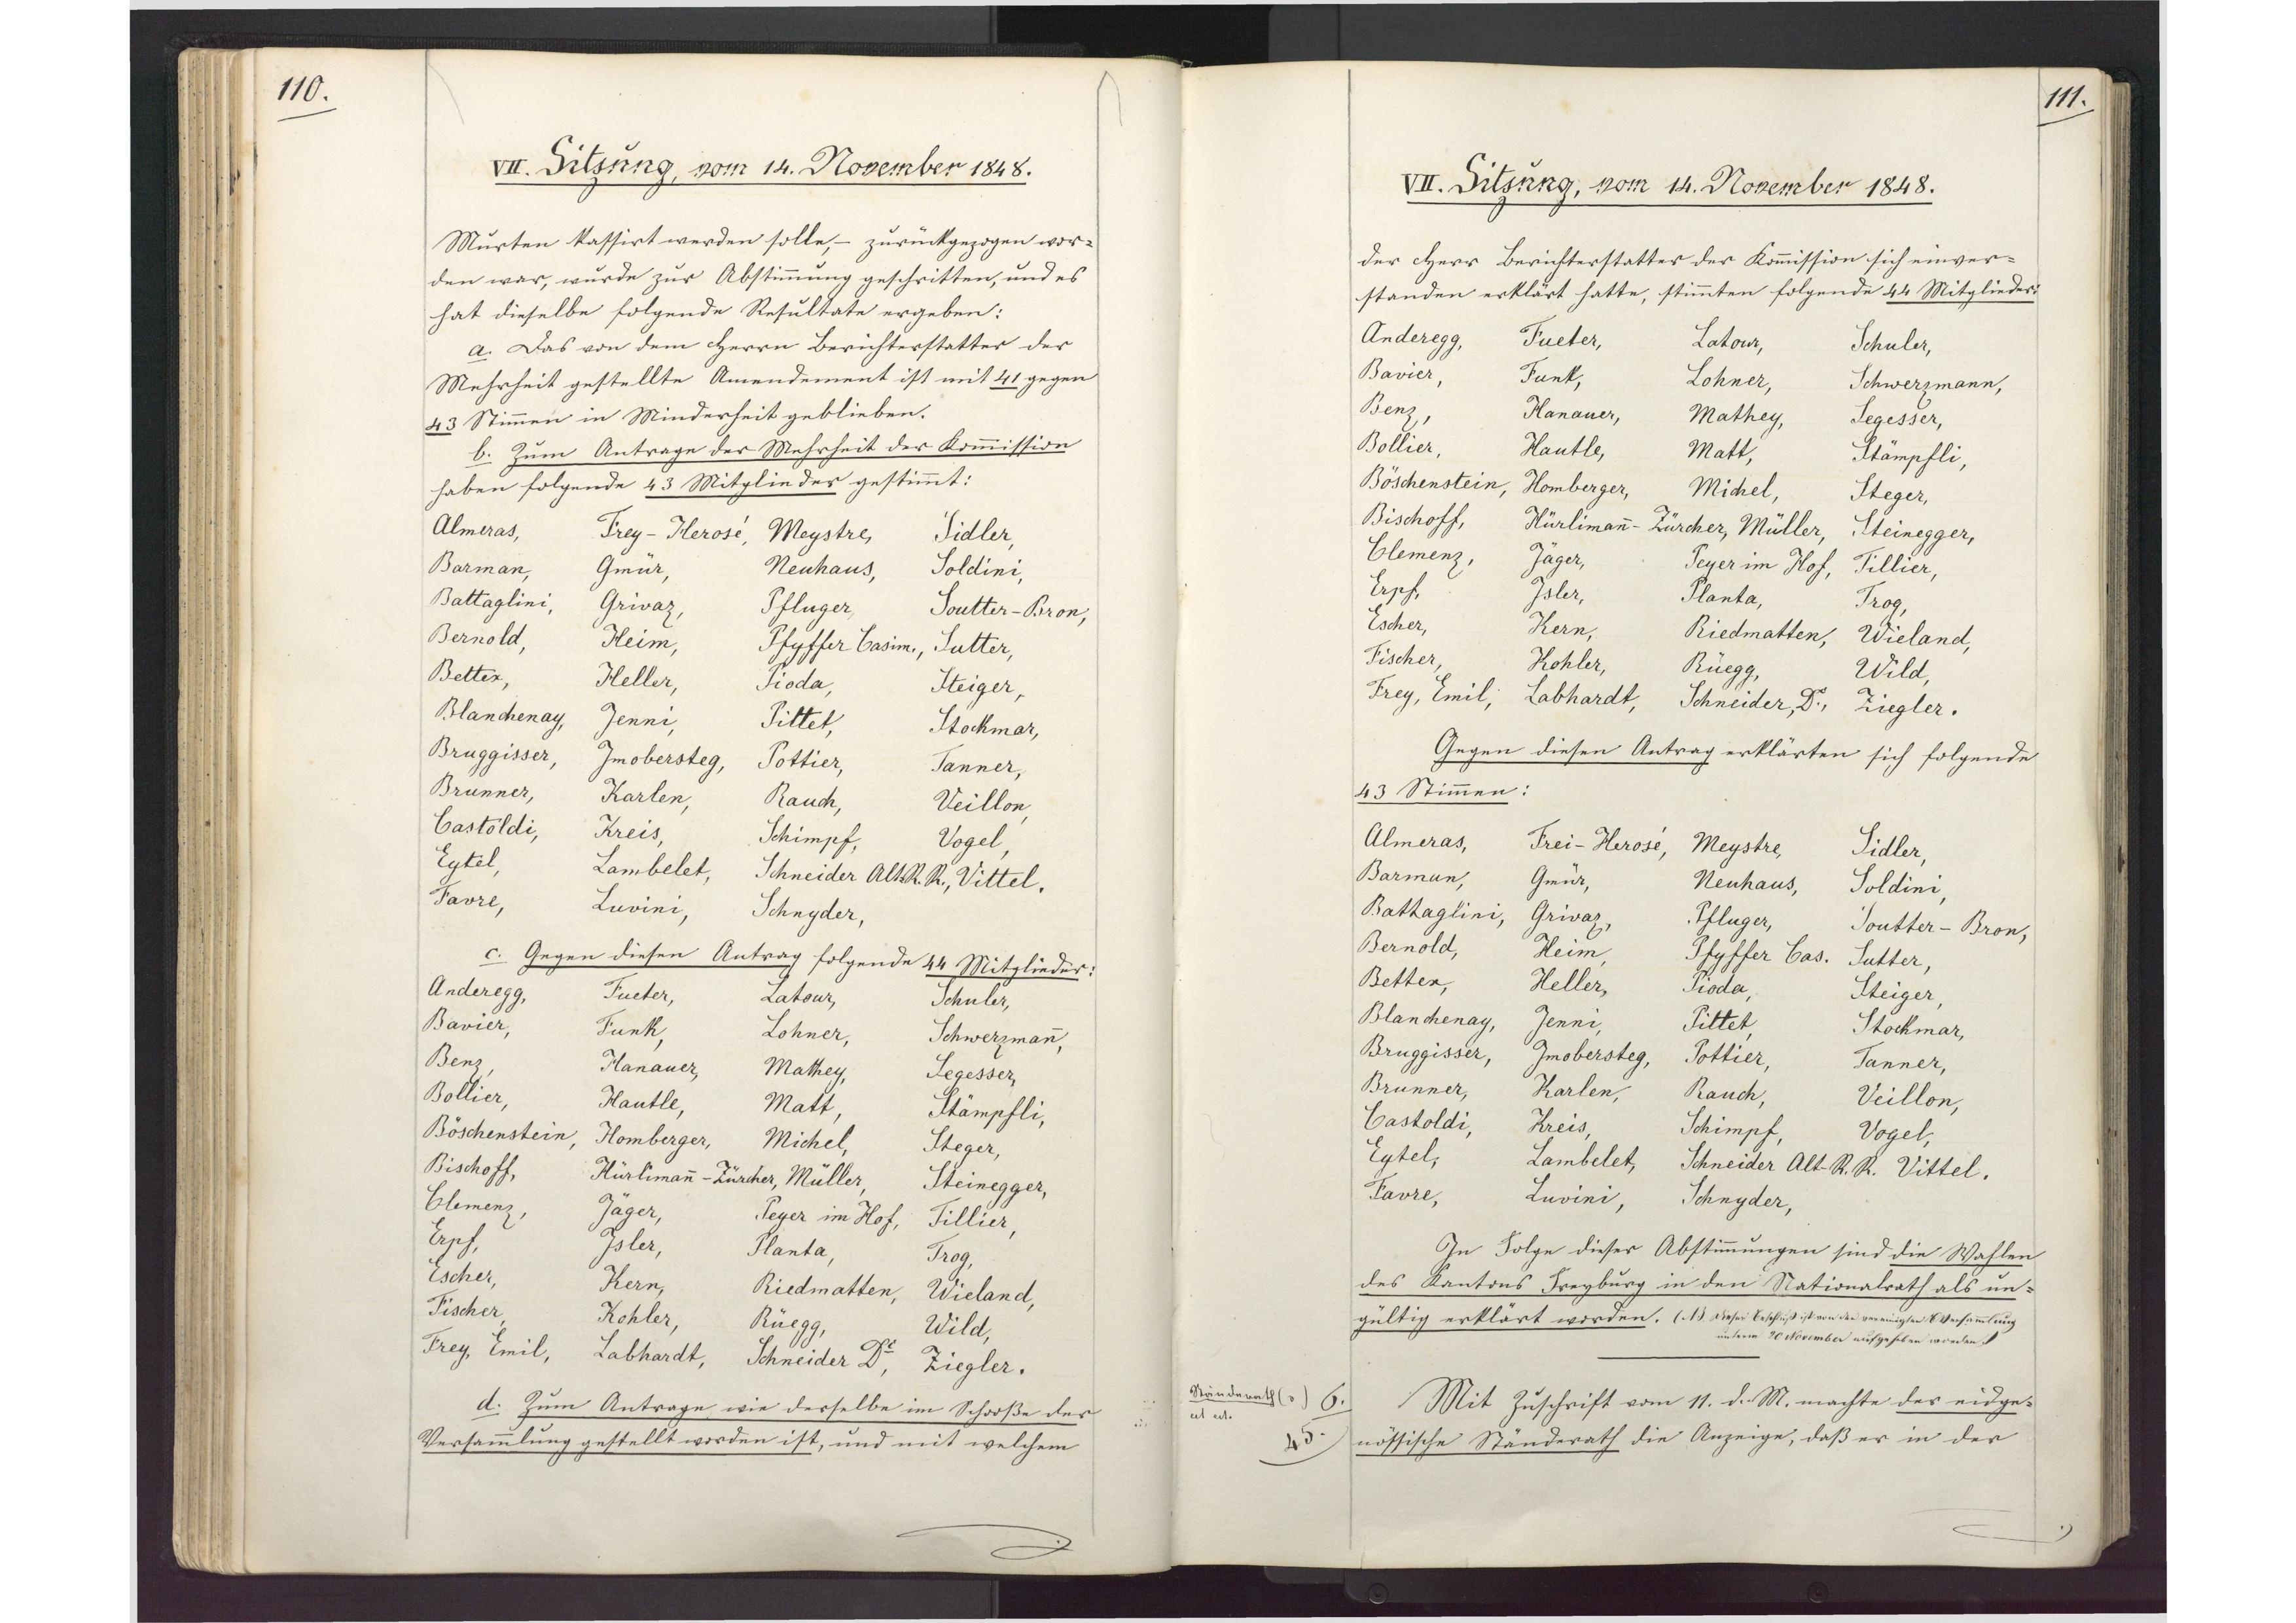
110.

VII. Sitzung, vom 14. November 1848.

Murten kassirt werden solle, - zurückgezogen wor¬
den war, wurde zur Abstimmung geschritten, und es
hat dieselbe folgende Resultate ergeben:
a. Das von dem Herrn Berichterstatter der
Mehrheit gestellte Amendement ist mit 41 gegen
43 Stimmen in Minderheit geblieben.
b. Zum Antrage der Mehrheit der Kommission
haben folgende 43 Mitglieder gestimmt:
Almeras,
Frey-Herosé,
Meystre,
Sidler,
Barman,
Gmür,
Neuhaus,
Soldini,
Battaglini,
Grivaz,
Pfluger,
Soutter-Bron,
Bernold,
Heim,
Pfyffer Casim.,
Sutter,
Bettex,
Heller,
Pioda,
Steiger,
Blanchenay,
Jenni,
Pittet,
Stockmar,
Bruggisser,
Imobersteg,
Pottier,
Tanner,
Brunner,
Karlen,
Rauch,
Veillon,
Castoldi,
Kreis,
Schimpf,
Vogel,
Eytel,
Lambelet,
Schneider Alt-R.R.,
Vittel,
Favre,
Luvini,
Schnyder,
c. Gegen diesen Antrag folgende 44 Mitglieder:
Anderegg,
Fueter,
Latour,
Schuler,
Bavier,
Funk,
Lohner,
Schwerzmann,
Benz,
Hanauer,
Mathey,
Segesser,
Bollier,
Hautle,
Matt,
Stämpfli,
Böschenstein,
Homberger,
Michel,
Steger,
Bischoff,
Hürlimann-Zürcher,
Müller,
Steinegger,
Clemenz,
Jäger,
Peyer im Hof,
Fillier,
Erpf,
Isler,
Planta,
Trog,
Escher,
Kern,
Riedmatten,
Wieland,
Fischer,
Kohler,
Rüegg,
Wild,
Frey, Emil,
Labhardt,
Schneider Dr.,
Ziegler.
d. Zum Antrage, wie derselbe im Schooße der
Versammlung gestellt worden ist, und mit welchem

111.

VII. Sitzung, vom 14. November 1848.

der Herr Berichterstatter der Kommission sich einver¬
standen erklärt hatte, stimmten folgende 44 Mitglieder:
Anderegg,
Fueter
Latour,
Schuler,
Bavier,
Funk,
Lohner,
Schwerzmann,
Benz,
Hanauer,
Mathey,
Segesser,
Bollier,
Hautle,
Matt,
Stämpfli,
Böschenstein,
Homberger,
Michel,
Steger,
Bischoff,
Hürlimann-Zürcher,
Müller,
Steinegger,
Clemenz,
Jäger,
Peyer im Hof,
Tillier,
Erpf,
Isler,
Planta,
Trog,
Escher,
Kern,
Riedmatten,
Wieland,
Fischer,
Kohler,
Rüegg,
Wild,
Frey, Emil,
Labhardt,
Schneider, Dr.,
Ziegler.
Gegen diesen Antrag erklärten sich folgende
43 Stimmen:
Almeras,
Frei-Herosé,
Meystre,
Sidler,
Barman,
Gmür,
Neuhaus,
Soldini,
Battaglini,
Grivaz,
Pfluger,
Soutter-Bron,
Bernold,
Heim,
Pfyffer Cas.,
Sutter,
Bettex,
Heller,
Pioda,
Steiger,
Blanchenay,
Jenni,
Pittet,
Stockmar,
Bruggisser,
Imobersteg,
Pottier,
Tanner,
Brunner,
Karlen,
Rauch,
Veillon,
Castoldi,
Kreis,
Schimpf,
Vogel,
Eytel,
Lambelet,
Schneider Alt-R.R.,
Vittel,
Favre,
Luvini,
Schnyder,
In Folge dieser Abstimmungen sind die Wahlen
des Kantons Freyburg in den Nationalrath als un¬
gültig erklärt worden. (NB Dieser Beschluß ist von der vereinigten Versammlung
in Bern 20. November aufgehoben worden.)
Mit Zuschrift vom 11. d. M. machte der eidge¬
nössische Ständerath die Anzeige, dass er in der

6.
45.
Ständerath (v)
etc. etc.